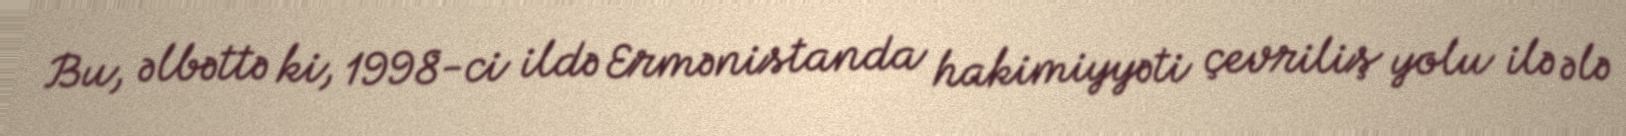
Bu, əlbəttə ki, 1998-ci ildə Ermənistanda hakimiyyəti çevriliş yolu ilə ələ